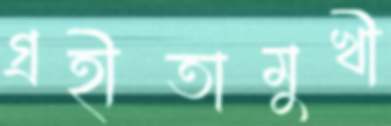
গ্রহীতামুখী